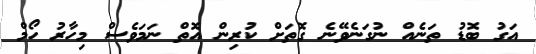
އަގު ބޮޑު ތަނެއް ނުގަނެވޭނެ ގޮތަށް ކުރިން އޮތް ނަމަވެސް މިހާރު ހޯމް